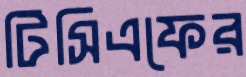
টিসিএফের